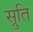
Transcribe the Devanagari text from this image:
स्रुति